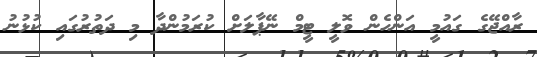
ރާއްޖޭގެ ގައުމީ އަންހެން ވޮލީ ޓީމް ނޭޕާލަށް ކުރަމުންދާ މި ދަތުރުގައި ކުޅުނު